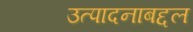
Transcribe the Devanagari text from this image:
उत्पादनाबद्दल